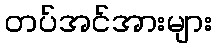
တပ်အင်အားများ